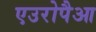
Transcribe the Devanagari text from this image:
एउरोपैआ